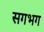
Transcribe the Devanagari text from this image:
सगभग